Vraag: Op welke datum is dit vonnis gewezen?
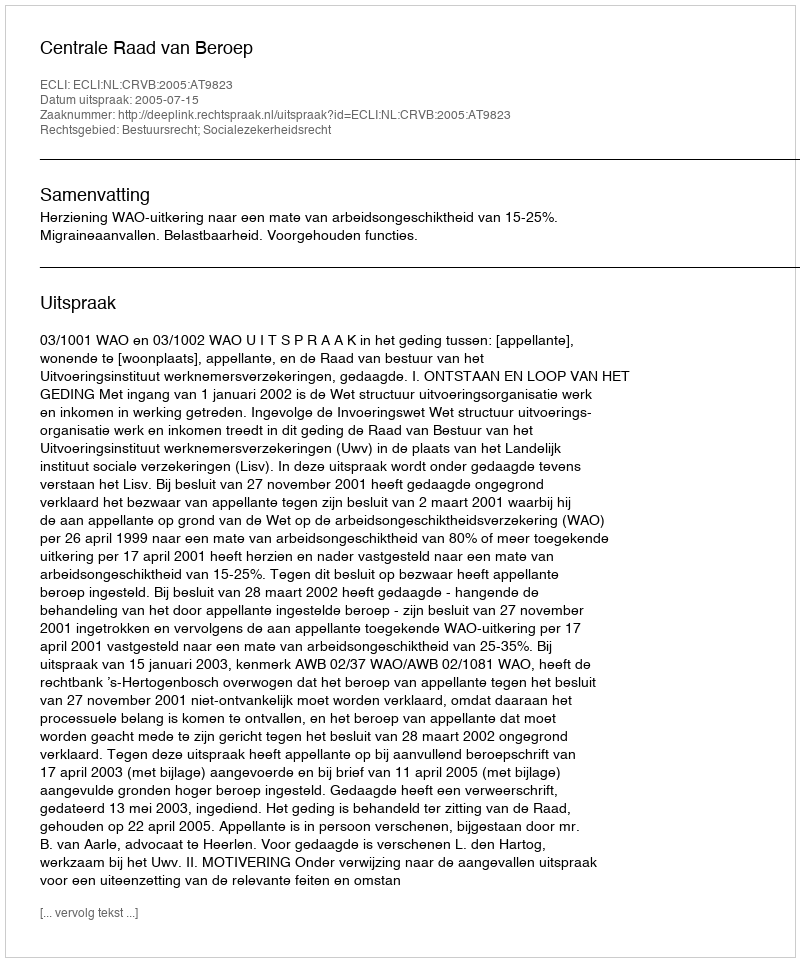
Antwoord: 2005-07-15